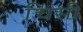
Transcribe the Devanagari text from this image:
चिसी